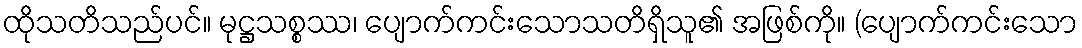
ထိုသတိသည်ပင်။ မုဋ္ဌသစ္စဿ၊ ပျောက်ကင်းသောသတိရှိသူ၏ အဖြစ်ကို။ (ပျောက်ကင်းသော